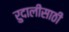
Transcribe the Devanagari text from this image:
रुदालीसाठी